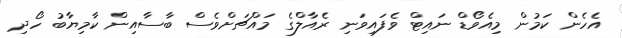
އެހެން ކަމުން މިއެވޯޑް ނައިޓް ވެފައިވަނި ރެއާލްގެ މައްޗަށްވެސް ބާސާއިން ކާމިޔާބު ހޯދި